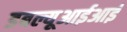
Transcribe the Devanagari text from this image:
डबल्यूआईआई